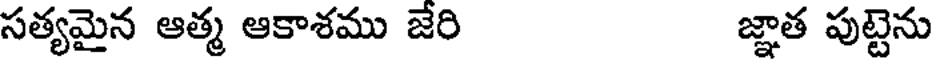
సత్యమైన ఆత్మ ఆకాశము జేరి జ్ఞాత పుట్టెను